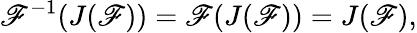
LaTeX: \mathscr{F}^{-1}(J(\mathscr{F}))=\mathscr{F}(J(\mathscr{F}))=J(\mathscr{F}),